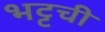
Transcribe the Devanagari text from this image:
भट्टची